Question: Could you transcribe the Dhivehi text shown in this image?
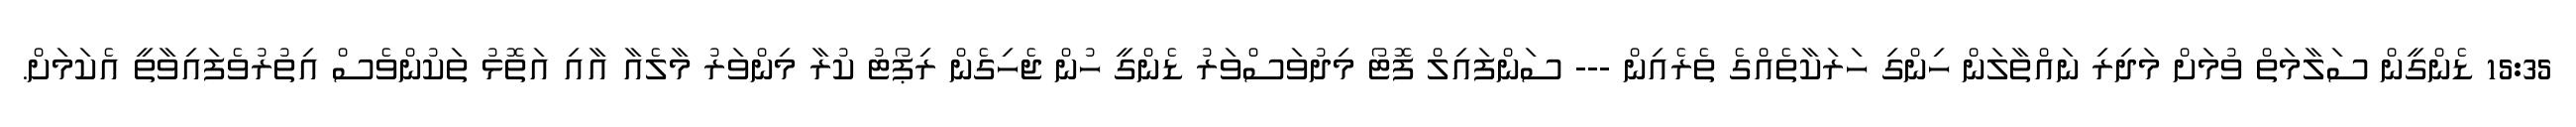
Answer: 15:35 ޑެންގީން ސަލާމަތް ވުމަށް މަދިރި ނައްތާލަން ހިންގި ހަރަކާތެއްގެ ތެރެއިން --- ސަންފައިލް ފޮޓޯ މިދުވަސްވަރު ޑެންގީ ހުން ޖެހިގެން ރިޕޯޓު ކުރާ މިންވަރު މާލެއާ އާއި އަތޮޅު ތަކުންވެސް އިތުރުވެފައިވާތީ އެކަމަށް.